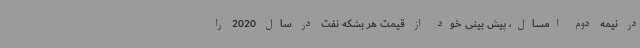
در نیمه دوم امسال، پیش بینی خود از قیمت هر بشکه نفت در سال 2020 را